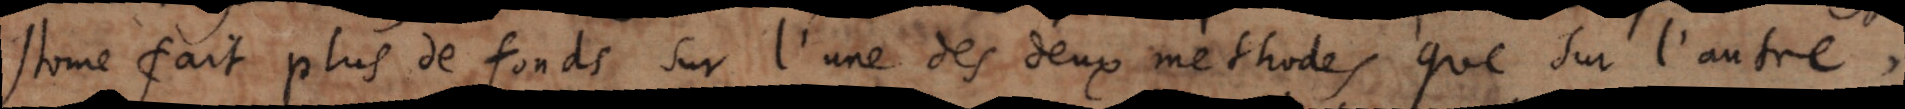
stome fait plus de fonds sur l’une des deux methodes que sur l’autre ,